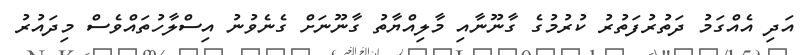
އަދި އެއްގަމު ދަތުރުފަތުރު ކުރުމުގެ ގާނޫނާއި މާލިއްޔާތު ގާނޫނަށް ގެނެވުނު އިސްލާހުތައްވެސް މިދައުރު